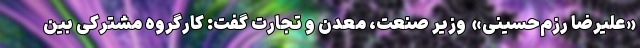
«علیرضا رزم‌حسینی» ‌ وزیر صنعت، معدن و تجارت گفت: کارگروه مشترکی بین